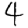
Digit: 4